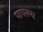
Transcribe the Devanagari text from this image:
पापरूप